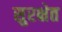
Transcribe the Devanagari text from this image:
सुरक्षेत